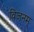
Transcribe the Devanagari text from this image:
विजनम्